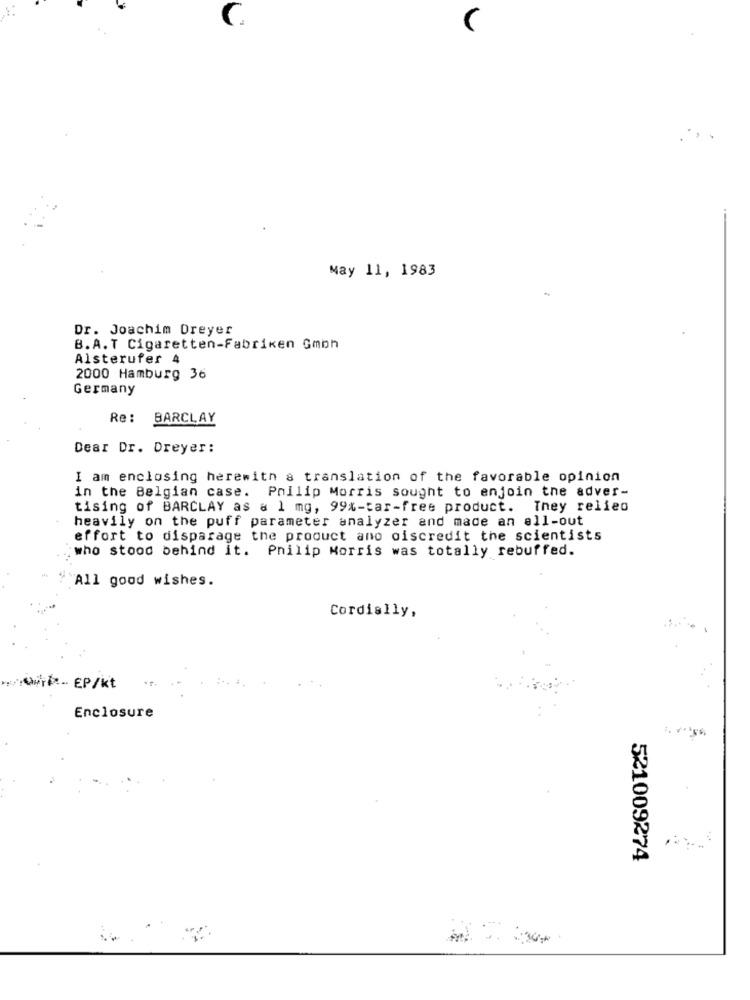
C
May 11, 1983
Dr. Joachim Dreyer
B.A. T Cigaretten-Fabriken Gmoh
Alsterufer 4
2000 Hamburg 36
Germany
Re: BARCLAY
Dear Dr. Dreyer:
I am enclosing herewith a translation of the favorable opinion
in the Belgian case. Philip Morris sought to enjoin the adver-
tising of BARCLAY as a 1 mg, 99%-tar-free product. They relied
heavily on the puff parameter analyzer and made an all-out
effort to disparage the product ano oiscredit the scientists
who stood behind it. Philip Morris was totally rebuffed.
All good wishes.
Cordially,
OM. EP/kt
Enclosure
521009274